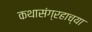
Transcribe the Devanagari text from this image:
कथासंग्रहाच्या